Civil Veterinary Department. Madras. Admin. report 1926-33 - 1926-1933
Year: 1926
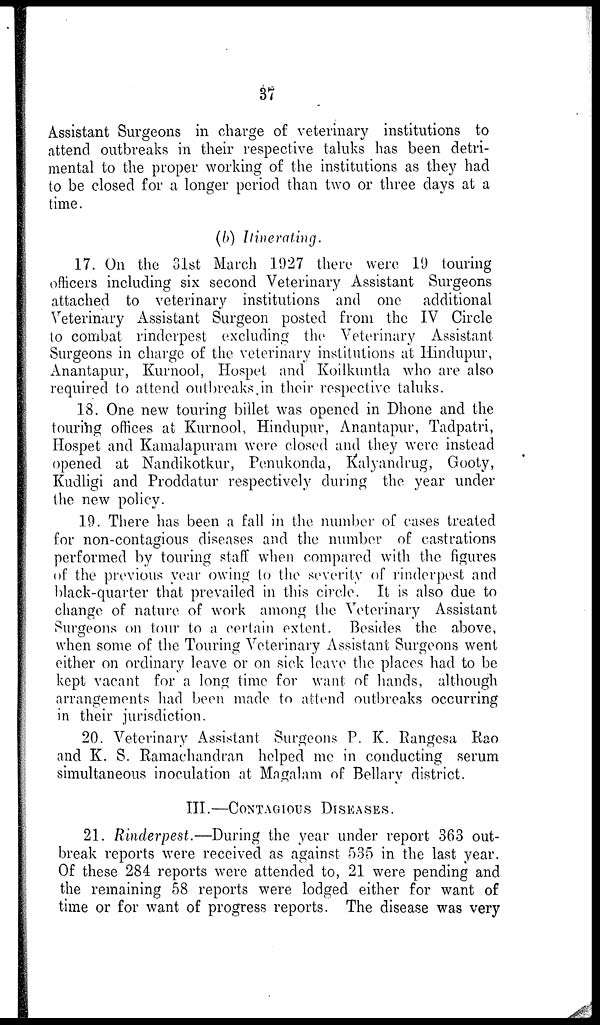
37
Assistant Surgeons in charge of veterinary institutions to
attend outbreaks in their respective taluks has been detri-
mental to the proper working of the institutions as they had
to be closed for a longer period than two or three days at a
time.
(b) Itinerating.
17. On the 31st March 1927 there were 19 touring
officers including six second Veterinary Assistant Surgeons
attached to veterinary institutions and one additional
Veterinary Assistant Surgeon posted from the IV Circle
to combat rinderpest excluding the Veterinary Assistant
Surgeons in charge of the veterinary institutions at Hindupur,
Anantapur, Kurnool, Hospet and Koilkuntla who are also
required to attend outbreaks in their respective taluks.
18. One new touring billet was opened in Dhone and the
touring offices at Kurnool, Hindupur, Anantapur, Tadpatri,
Hospet and Kamalapuram were closed and they were instead
opened at Nandikotkur, Penukonda, Kalyandrug, Gooty,
Kudligi and Proddatur respectively during the year under
the new policy.
19. There has been a fall in the number of cases treated
for non-contagious diseases and the number of castrations
performed by touring staff when compared with the figures
of the previous year owing to the severity of rinderpest and
black-quarter that prevailed in this circle. It is also due to
change of nature of work among the Veterinary Assistant
Surgeons on tour to a certain extent. Besides the above,
when some of the Touring Veterinary Assistant Surgeons went
either on ordinary leave or on sick leave the places had to be
kept vacant for a long time for want of hands, although
arrangements had been made to attend outbreaks occurring
in their jurisdiction.
20. Veterinary Assistant Surgeons P. K. Rangesa Rao
and K. S. Ramachandran helped me in conducting serum
simultaneous inoculation at Magalam of Bellary district.
III.—CONTAGIOUS DISEASES.
21. Rinderpest.—During the year under report 363 out-
break reports were received as against 535 in the last year.
Of these 284 reports were attended to, 21 were pending and
the remaining 58 reports were lodged either for want of
time or for want of progress reports. The disease was very